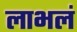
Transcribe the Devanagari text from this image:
लाभलं